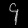
Digit: ၄